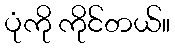
ပုံကို ကိုင်တယ်။